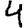
Digit: 4